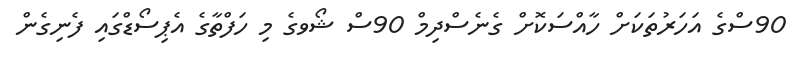
90ސްގެ އަހަރުތަކަށް ހާއްސަކޮށް ގެނެސްދިމް 90ސް ޝޯވގެ މި ހަފްތާގެ އެޕިސޯޑްގައި ފެނިގެން